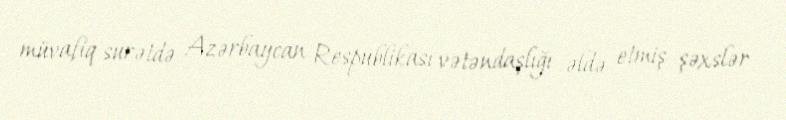
müvafiq surətdə Azərbaycan Respublikası vətəndaşlığı əldə etmiş şəxslər